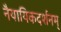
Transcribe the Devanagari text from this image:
नैयायिकदर्शनम्